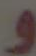
و